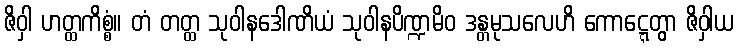
ဇိဝှါ ဟတ္ထကိစ္စံ။ တံ တတ္ထ သုဝါနဒေါဏိယံ သုဝါနပိဏ္ဍမိဝ ဒန္တမုသလေဟိ ကောဋ္ဋေတွာ ဇိဝှါယ